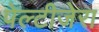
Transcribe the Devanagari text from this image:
पेल्टीजेरा